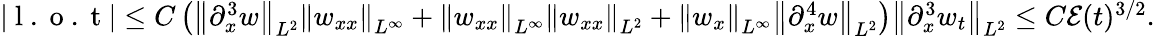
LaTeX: \begin{array}{r}{|\mathrm{~l~.~o~.~t~}|\leq C\left(\left\| \partial_{x}^{3}w\right\| _{L^{2}}\left\| w_{xx}\right\| _{L^{\infty}}+\left\| w_{xx}\right\| _{L^{\infty}}\left\| w_{xx}\right\| _{L^{2}}+\left\| w_{x}\right\| _{L^{\infty}}\left\| \partial_{x}^{4}w\right\| _{L^{2}}\right)\left\| \partial_{x}^{3}w_{t}\right\| _{L^{2}}\leq C\mathcal{E}(t)^{3/2}.}\end{array}